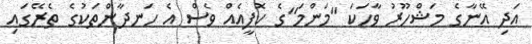
އަދި އޭނާގެ މަޝްހޫރު ވާހަކަ "މަންމަ"ގެ ކޮޕީއެއް ވެސް އެ ހަނދާންތަކުގެ ތެރޭގައި